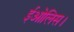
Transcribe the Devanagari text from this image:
ईओलिस।